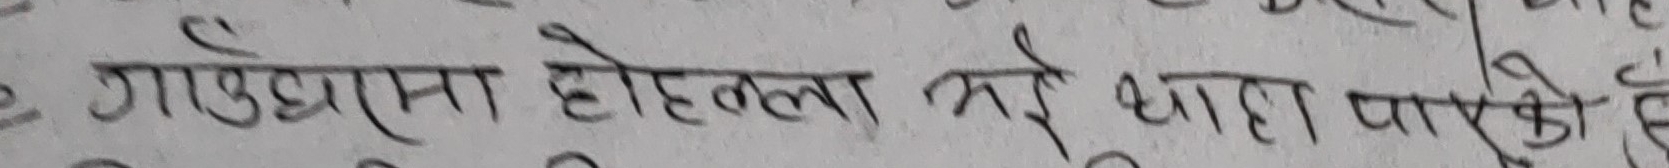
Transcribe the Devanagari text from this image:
गाउँमा होटेलका २ वटा धारा पार्के